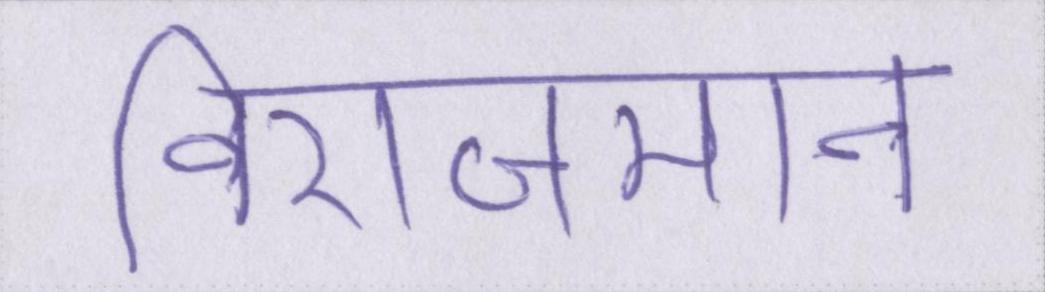
विराजमान